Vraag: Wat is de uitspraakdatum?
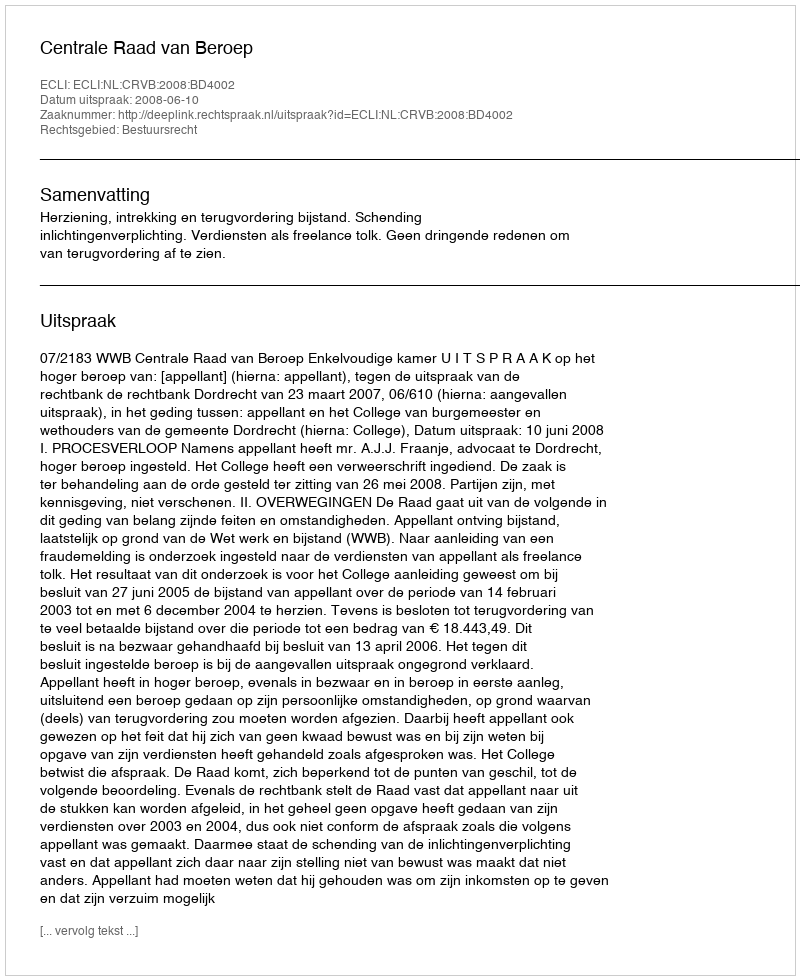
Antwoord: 2008-06-10